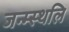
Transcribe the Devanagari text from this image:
जन्म्स्थलि